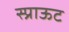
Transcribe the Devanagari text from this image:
स्प्राऊट